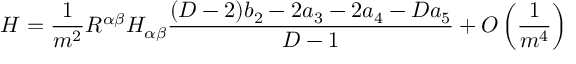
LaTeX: H = \frac { 1 } { m ^ { 2 } } R ^ { \alpha \beta } H _ { \alpha \beta } \frac { ( D - 2 ) b _ { 2 } - 2 a _ { 3 } - 2 a _ { 4 } - D a _ { 5 } } { D - 1 } + O \left( \frac { 1 } { m ^ { 4 } } \right)